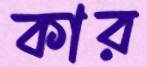
কার